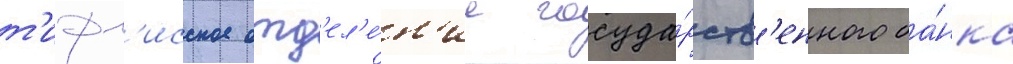
т'ифл'исское отд'ел'е́н'ие госуда́рств'енного ба́нка